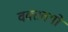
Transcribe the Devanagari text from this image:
वक्तवयों